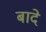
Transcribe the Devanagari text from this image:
बादे